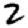
Digit: 2